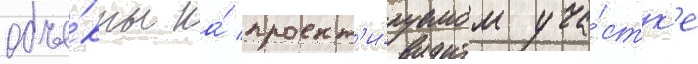
объе́кты на́ проект'и́руемом уча́стк'е